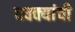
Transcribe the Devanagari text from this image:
धक्क्यांची